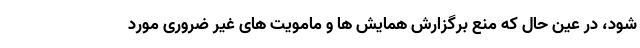
شود، در عین حال که منع برگزارش همایش ها و مامویت های غیر ضروری مورد